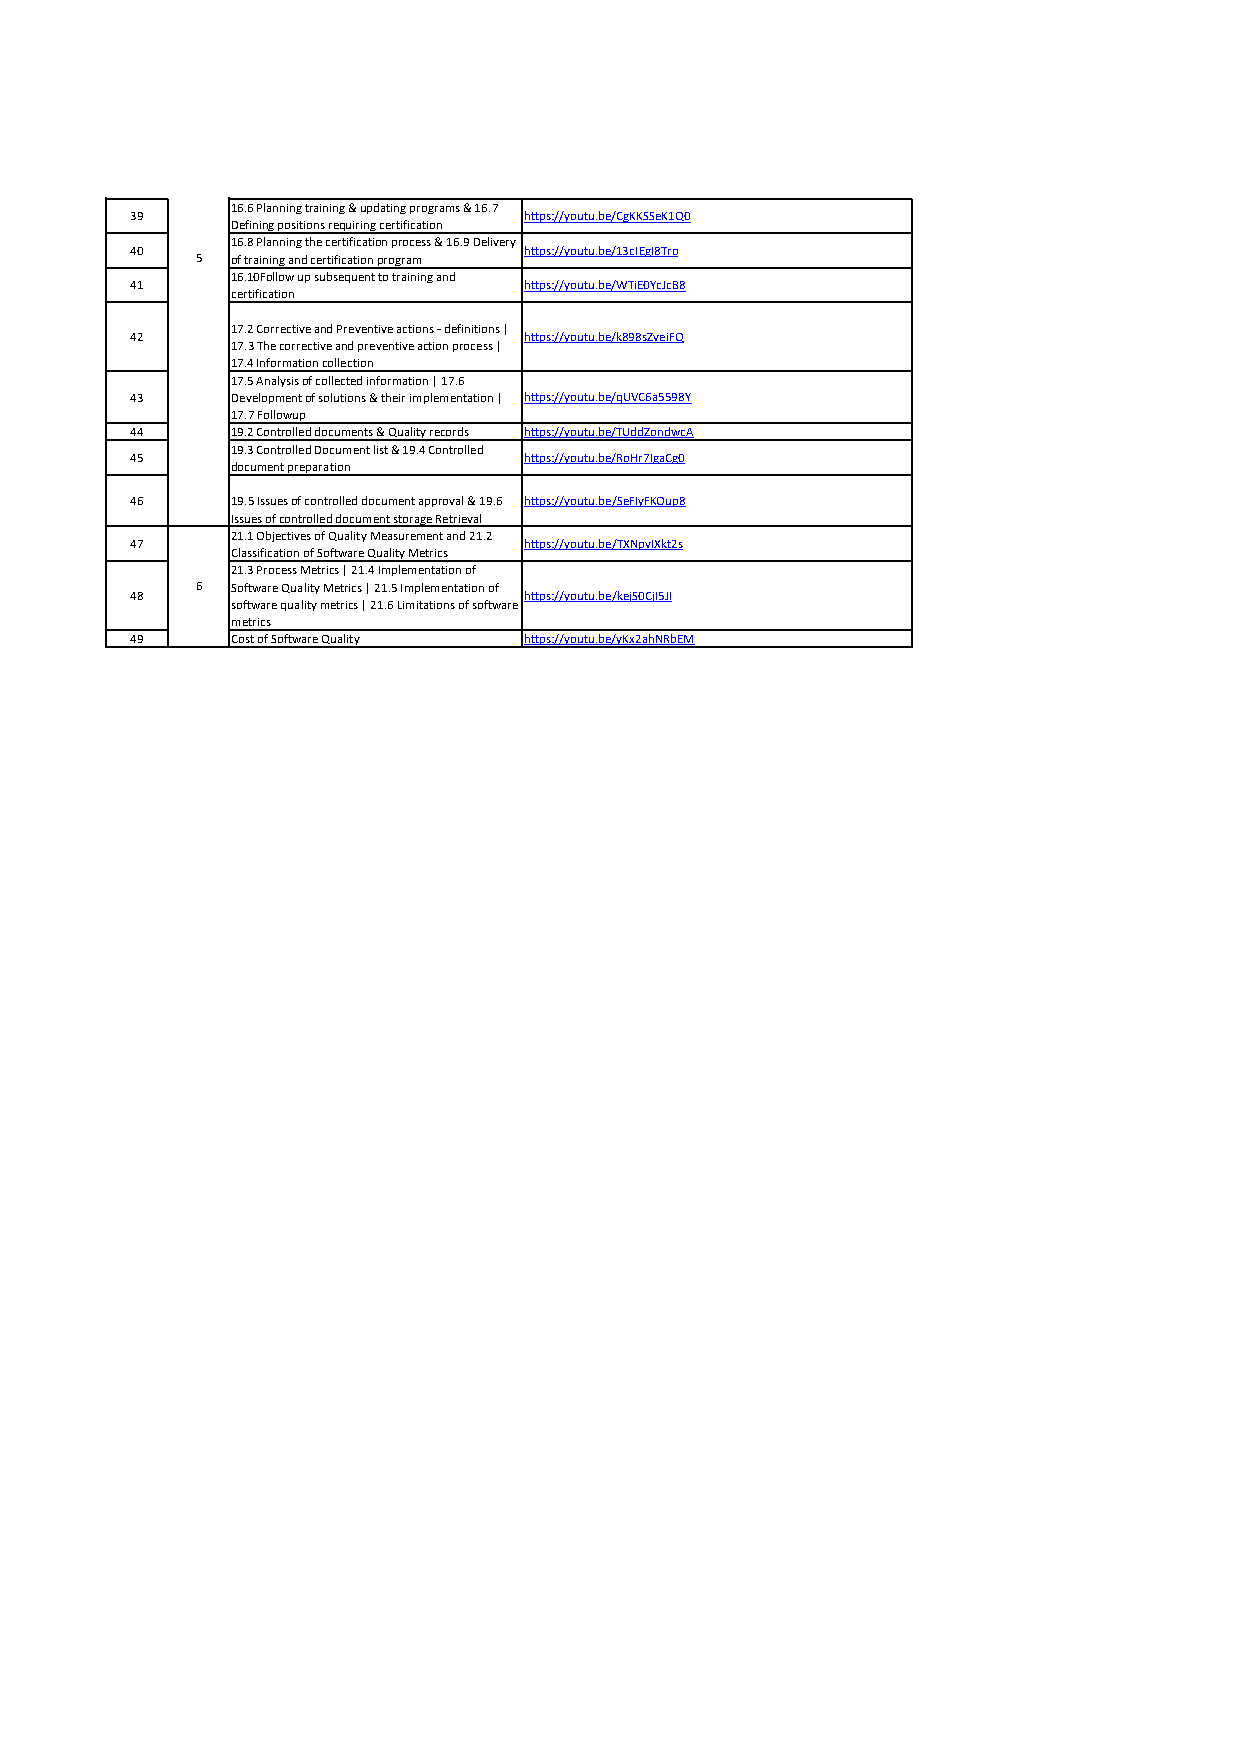
16.6 Planning training & updating programs & 16.7
 39                        https://youtu.be/CgKKSSeK1Q0
 Defining positions requiring certification
 16.8 Planning the certification process & 16.9 Delivery
 40                        https://youtu.be/13cIEgI8Tro
 5 of training and certification program
 16.10Follow up subsequent to training and
 41                        https://youtu.be/WTiE0YcJcB8
 certification
 17.2 Corrective and Preventive actions - definitions |
 42                        https://youtu.be/k898sZveiFQ
 17.3 The corrective and preventive action process |
 17.4 Information collection
 17.5 Analysis of collected information | 17.6
 43    Development of solutions & their implementation | https://youtu.be/qUVC6a5598Y
 17.7 Followup
 44    19.2 Controlled documents & Quality records https://youtu.be/TUddZondwcA
 19.3 Controlled Document list & 19.4 Controlled
 45                        https://youtu.be/RoHr7IgaCg0
 document preparation
 46    19.5 Issues of controlled document approval & 19.6 https://youtu.be/SeFIyFKOup8
 Issues of controlled document storage Retrieval
 21.1 Objectives of Quality Measurement and 21.2
 47                        https://youtu.be/TXNpvIXkt2s
 Classification of Software Quality Metrics
 21.3 Process Metrics | 21.4 Implementation of
 6 Software Quality Metrics | 21.5 Implementation of
 48                        https://youtu.be/kejS0CjI5JI
 software quality metrics | 21.6 Limitations of software
 metrics
 49    Cost of Software Quality https://youtu.be/yKx2ahNRbEM